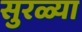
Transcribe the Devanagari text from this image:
सुरळ्या